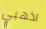
اذهبي